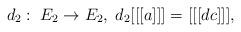
LaTeX: \begin{align*}d_2 : \; E_2 \rightarrow E_2 , \; d_2 [[[a]]] =[[[dc]]],\end{align*}